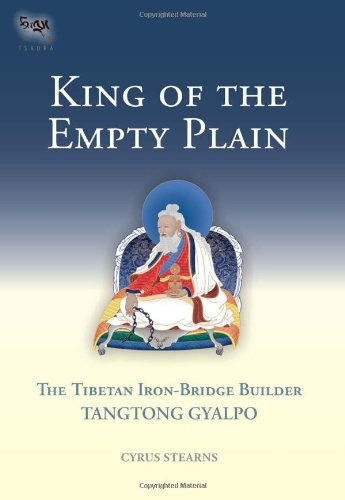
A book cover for King of the Empty Plain: The Tibetan Iron-Bridge Builder Tangtong Gyalpo; Cyrus Stearns; Biographies & Memoirs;